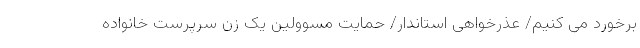
برخورد می کنیم/ عذرخواهی استاندار/ حمایت مسوولین یک زن سرپرست خانواده